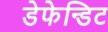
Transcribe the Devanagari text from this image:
डेफेन्डिट